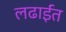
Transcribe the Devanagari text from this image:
लढाईंत